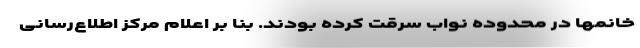
خانمها در محدوده نواب سرقت کرده بودند. بنا بر اعلام مرکز اطلاع‌رسانی